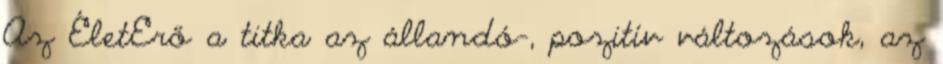
Az ÉletErő a titka az állandó-, pozitív változások, az